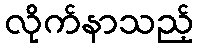
လိုက်နာသည့်